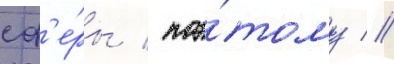
сф'е́ры / поэ́тому //